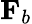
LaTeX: \mathbf{F}_{b}